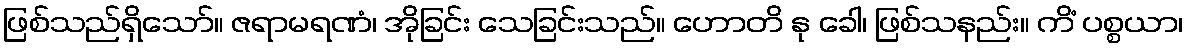
ဖြစ်သည်ရှိသော်။ ဇရာမရဏံ၊ အိုခြင်း သေခြင်းသည်။ ဟောတိ နု ခေါ၊ ဖြစ်သနည်း။ ကိံ ပစ္စယာ၊